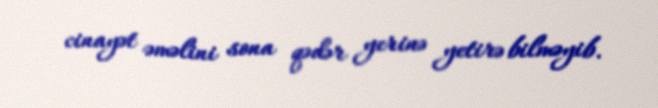
cinayət əməlini sona qədər yerinə yetirə bilməyib.